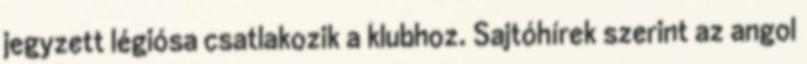
jegyzett légiósa csatlakozik a klubhoz. Sajtóhírek szerint az angol